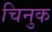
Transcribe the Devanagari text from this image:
चिनुक